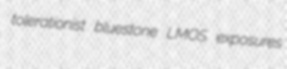
tolerationist bluestone LMOS exposures